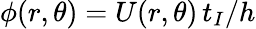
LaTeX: \phi(r,\theta)=U(r,\theta)\, t_{I}/h